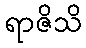
ရာဇိသိ